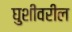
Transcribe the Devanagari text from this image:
घुशींवरील